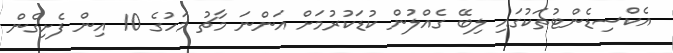
އެކްސިޑެންޓުތަކުގައި ލިބޭ ގެއްލުން ކުޑަކުރުމަށް އަންނަ މާޗު މަހުގެ 10 އިން ފެށިގެން